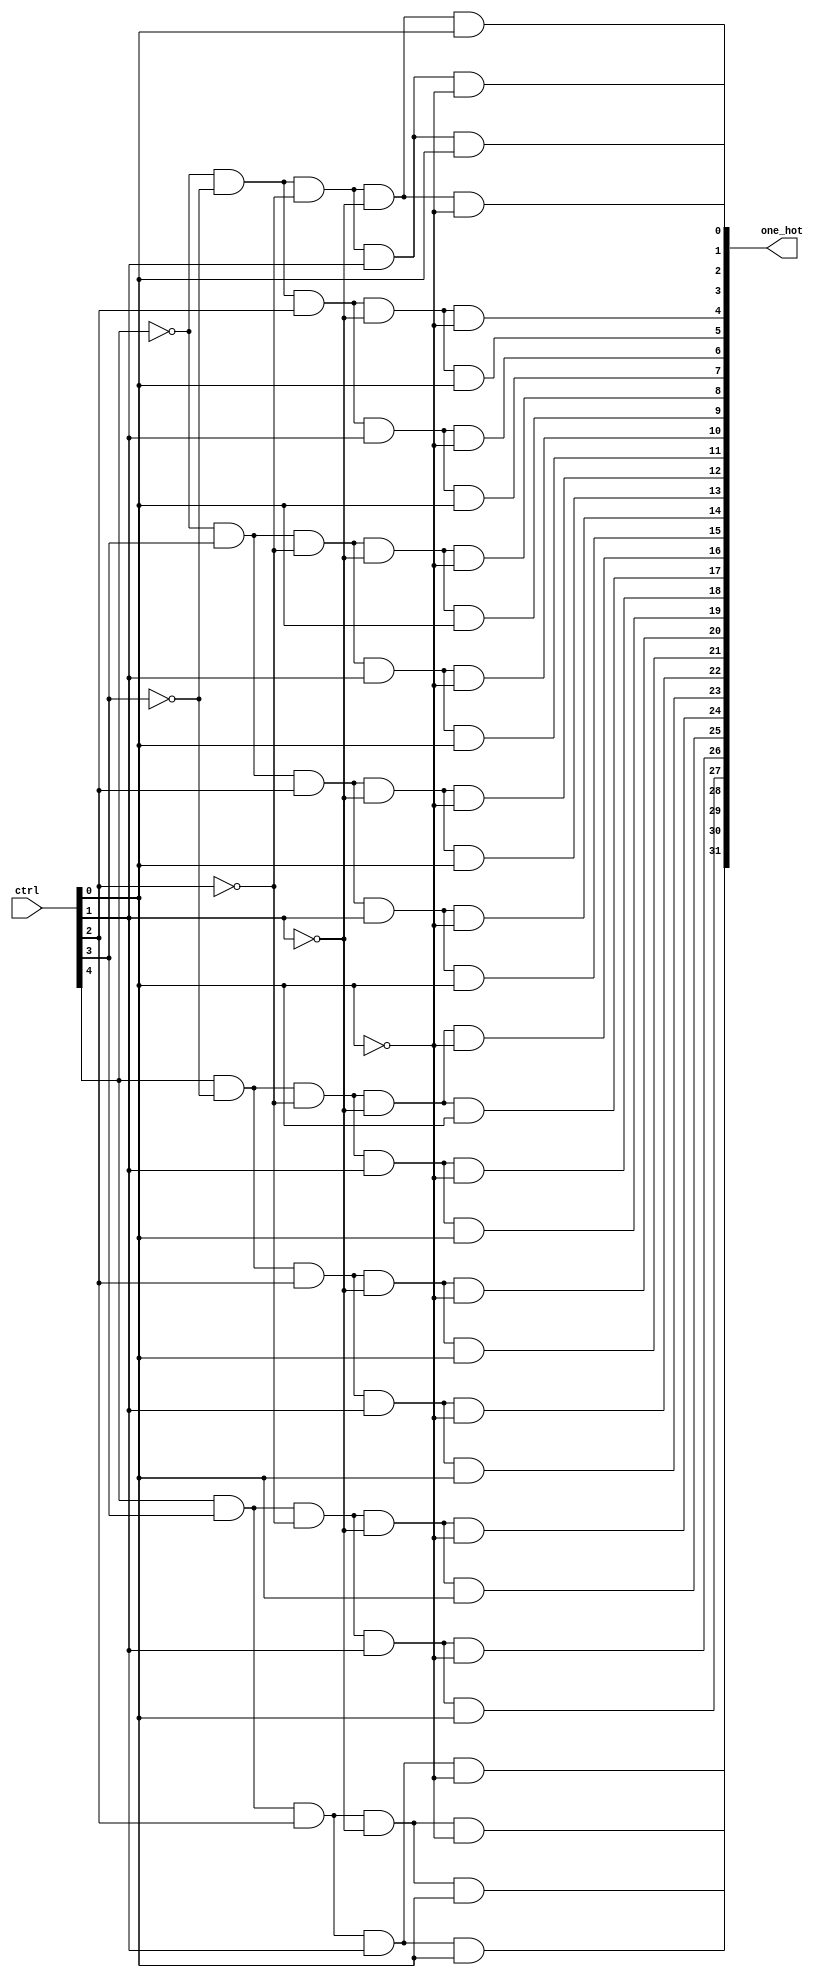
module decoder(ctrl, one_hot);
	input [4:0] ctrl;
	output [31:0] one_hot;
	
	wire [4:0] not_ctrl;
	
	genvar i;
	generate
		for (i = 0; i < 5; i = i+1)
		begin : not_loop
			not bitwise_not(not_ctrl[i], ctrl[i]);
		end
	endgenerate
	
	and and0(one_hot[0], not_ctrl[4], not_ctrl[3], not_ctrl[2], not_ctrl[1], not_ctrl[0]);
	and and1(one_hot[1], not_ctrl[4], not_ctrl[3], not_ctrl[2], not_ctrl[1], ctrl[0]);
	and and2(one_hot[2], not_ctrl[4], not_ctrl[3], not_ctrl[2], ctrl[1], not_ctrl[0]);
	and and3(one_hot[3], not_ctrl[4], not_ctrl[3], not_ctrl[2], ctrl[1], ctrl[0]);
	and and4(one_hot[4], not_ctrl[4], not_ctrl[3], ctrl[2], not_ctrl[1], not_ctrl[0]);
	and and5(one_hot[5], not_ctrl[4], not_ctrl[3], ctrl[2], not_ctrl[1], ctrl[0]);
	and and6(one_hot[6], not_ctrl[4], not_ctrl[3], ctrl[2], ctrl[1], not_ctrl[0]);
	and and7(one_hot[7], not_ctrl[4], not_ctrl[3], ctrl[2], ctrl[1], ctrl[0]);
	and and8(one_hot[8], not_ctrl[4], ctrl[3], not_ctrl[2], not_ctrl[1], not_ctrl[0]);
	and and9(one_hot[9], not_ctrl[4], ctrl[3], not_ctrl[2], not_ctrl[1], ctrl[0]);
	and and10(one_hot[10], not_ctrl[4], ctrl[3], not_ctrl[2], ctrl[1], not_ctrl[0]);
	and and11(one_hot[11], not_ctrl[4], ctrl[3], not_ctrl[2], ctrl[1], ctrl[0]);
	and and12(one_hot[12], not_ctrl[4], ctrl[3], ctrl[2], not_ctrl[1], not_ctrl[0]);
	and and13(one_hot[13], not_ctrl[4], ctrl[3], ctrl[2], not_ctrl[1], ctrl[0]);
	and and14(one_hot[14], not_ctrl[4], ctrl[3], ctrl[2], ctrl[1], not_ctrl[0]);
	and and15(one_hot[15], not_ctrl[4], ctrl[3], ctrl[2], ctrl[1], ctrl[0]);
	and and16(one_hot[16], ctrl[4], not_ctrl[3], not_ctrl[2], not_ctrl[1], not_ctrl[0]);
	and and17(one_hot[17], ctrl[4], not_ctrl[3], not_ctrl[2], not_ctrl[1], ctrl[0]);
	and and18(one_hot[18], ctrl[4], not_ctrl[3], not_ctrl[2], ctrl[1], not_ctrl[0]);
	and and19(one_hot[19], ctrl[4], not_ctrl[3], not_ctrl[2], ctrl[1], ctrl[0]);
	and and20(one_hot[20], ctrl[4], not_ctrl[3], ctrl[2], not_ctrl[1], not_ctrl[0]);
	and and21(one_hot[21], ctrl[4], not_ctrl[3], ctrl[2], not_ctrl[1], ctrl[0]);
	and and22(one_hot[22], ctrl[4], not_ctrl[3], ctrl[2], ctrl[1], not_ctrl[0]);
	and and23(one_hot[23], ctrl[4], not_ctrl[3], ctrl[2], ctrl[1], ctrl[0]);
	and and24(one_hot[24], ctrl[4], ctrl[3], not_ctrl[2], not_ctrl[1], not_ctrl[0]);
	and and25(one_hot[25], ctrl[4], ctrl[3], not_ctrl[2], not_ctrl[1], ctrl[0]);
	and and26(one_hot[26], ctrl[4], ctrl[3], not_ctrl[2], ctrl[1], not_ctrl[0]);
	and and27(one_hot[27], ctrl[4], ctrl[3], not_ctrl[2], ctrl[1], ctrl[0]);
	and and28(one_hot[28], ctrl[4], ctrl[3], ctrl[2], not_ctrl[1], not_ctrl[0]);
	and and29(one_hot[29], ctrl[4], ctrl[3], ctrl[2], not_ctrl[1], ctrl[0]);
	and and30(one_hot[30], ctrl[4], ctrl[3], ctrl[2], ctrl[1], not_ctrl[0]);
	and and31(one_hot[31], ctrl[4], ctrl[3], ctrl[2], ctrl[1], ctrl[0]);
	

endmodule